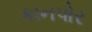
કાનપોર